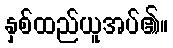
နှစ်ထည်ယူအပ်၏။